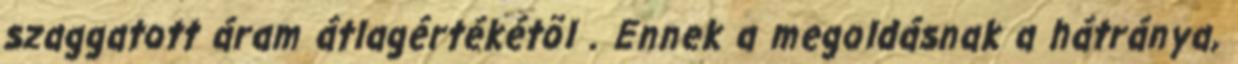
szaggatott áram átlagértékétõl . Ennek a megoldásnak a hátránya,